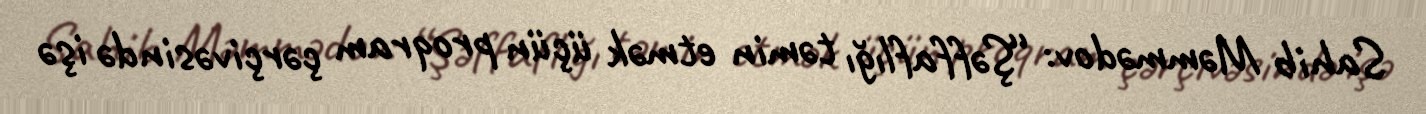
Sahib Məmmədov: “Şəffaflığı təmin etmək üçün proqram çərçivəsində işə